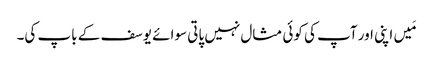
مَیں اپنی اور آپ کی کوئی مثال نہیں پاتی سوائے یوسف کے باپ کی۔